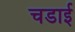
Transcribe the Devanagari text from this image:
चडाई